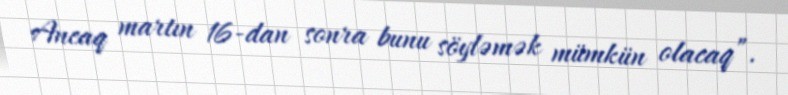
Ancaq martın 16-dan sonra bunu söyləmək mümkün olacaq”.